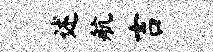
述航吉